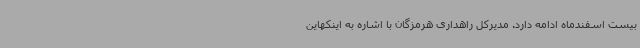
بیست اسفندماه ادامه دارد. مدیرکل راهداری هرمزگان با اشاره به اینکهاین